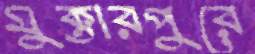
মুক্তারপুরে